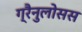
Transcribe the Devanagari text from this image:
ग्रैनुलोसस